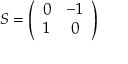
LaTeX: S = \left( \begin{array} { c c } { { 0 } } & { { - 1 } } \\ { { 1 } } & { { 0 } } \end{array} \right)